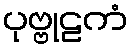
ပုဗ္ဗုဠကံ